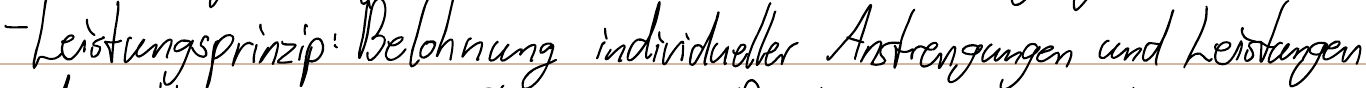
- Leistungsprinzip: Belohnung individueller Anstrengungen und Leistungen